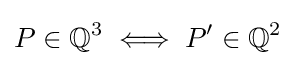
P\in \mathbb {Q} ^{3}\iff P'\in \mathbb {Q} ^{2}